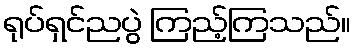
ရုပ်ရှင်ညပွဲ ကြည့်ကြသည်။